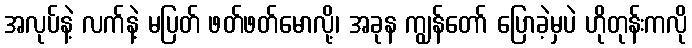
အလုပ်နဲ့ လက်နဲ့ မပြတ် ဖတ်ဖတ်မောလို့၊ အခုန ကျွန်တော် ပြောခဲ့မှပဲ ဟိုတုန်းကလို